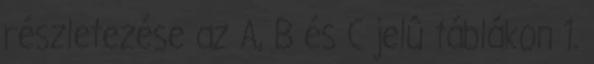
részletezése az A, B és C jelû táblákon 1.